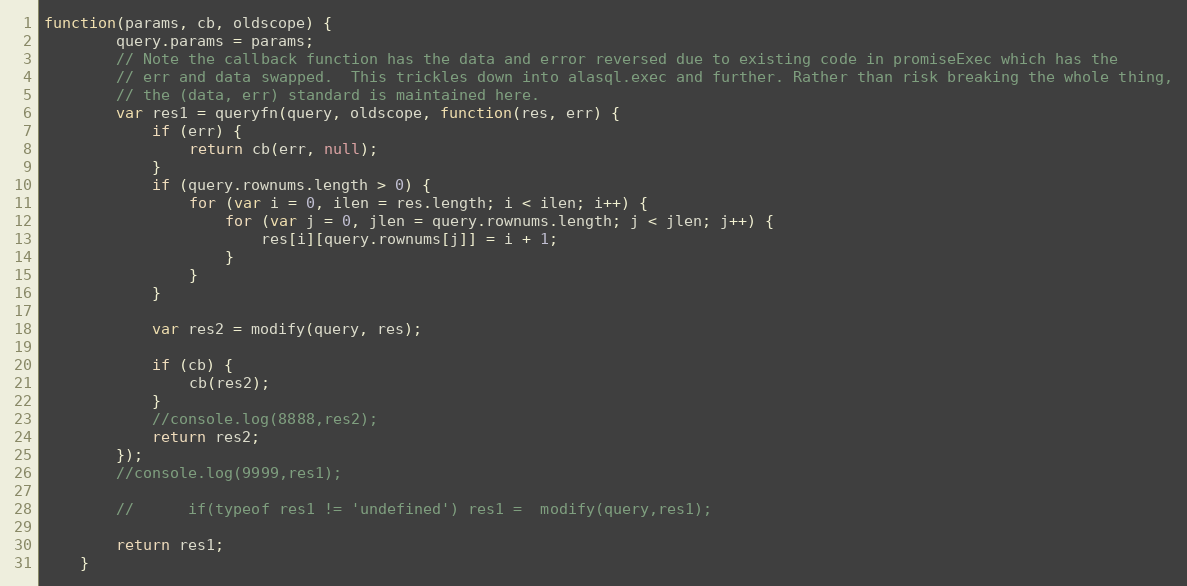
Language: JavaScript
function(params, cb, oldscope) {
		query.params = params;
		// Note the callback function has the data and error reversed due to existing code in promiseExec which has the
		// err and data swapped.  This trickles down into alasql.exec and further. Rather than risk breaking the whole thing,
		// the (data, err) standard is maintained here.
		var res1 = queryfn(query, oldscope, function(res, err) {
			if (err) {
				return cb(err, null);
			}
			if (query.rownums.length > 0) {
				for (var i = 0, ilen = res.length; i < ilen; i++) {
					for (var j = 0, jlen = query.rownums.length; j < jlen; j++) {
						res[i][query.rownums[j]] = i + 1;
					}
				}
			}

			var res2 = modify(query, res);

			if (cb) {
				cb(res2);
			}
			//console.log(8888,res2);
			return res2;
		});
		//console.log(9999,res1);

		//		if(typeof res1 != 'undefined') res1 =  modify(query,res1);

		return res1;
	}